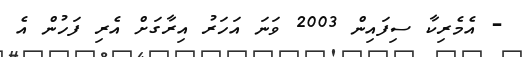
- އެމެރިކާ ސިފައިން 2003 ވަނަ އަހަރު އިރާގަށް އެރި ފަހުން އެ